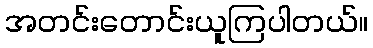
အတင်းတောင်းယူကြပါတယ်။